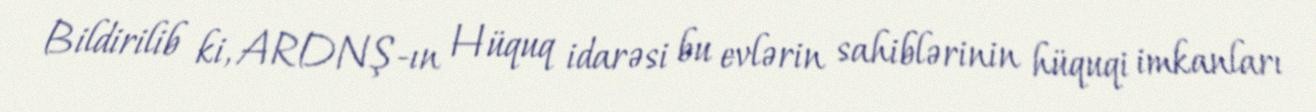
Bildirilib ki, ARDNŞ-ın Hüquq idarəsi bu evlərin sahiblərinin hüquqi imkanları